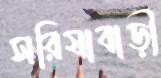
সরিষাবাড়ী